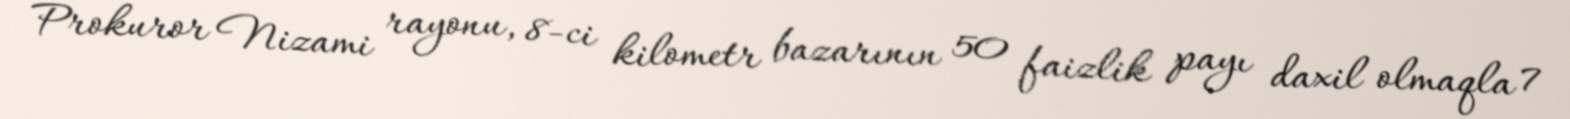
Prokuror Nizami rayonu, 8-ci kilometr bazarının 50 faizlik payı daxil olmaqla 7